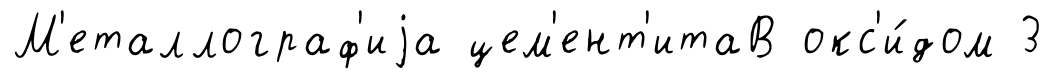
М'еталлограф'иjа цем'ент'итаВ окс'и́дом 3